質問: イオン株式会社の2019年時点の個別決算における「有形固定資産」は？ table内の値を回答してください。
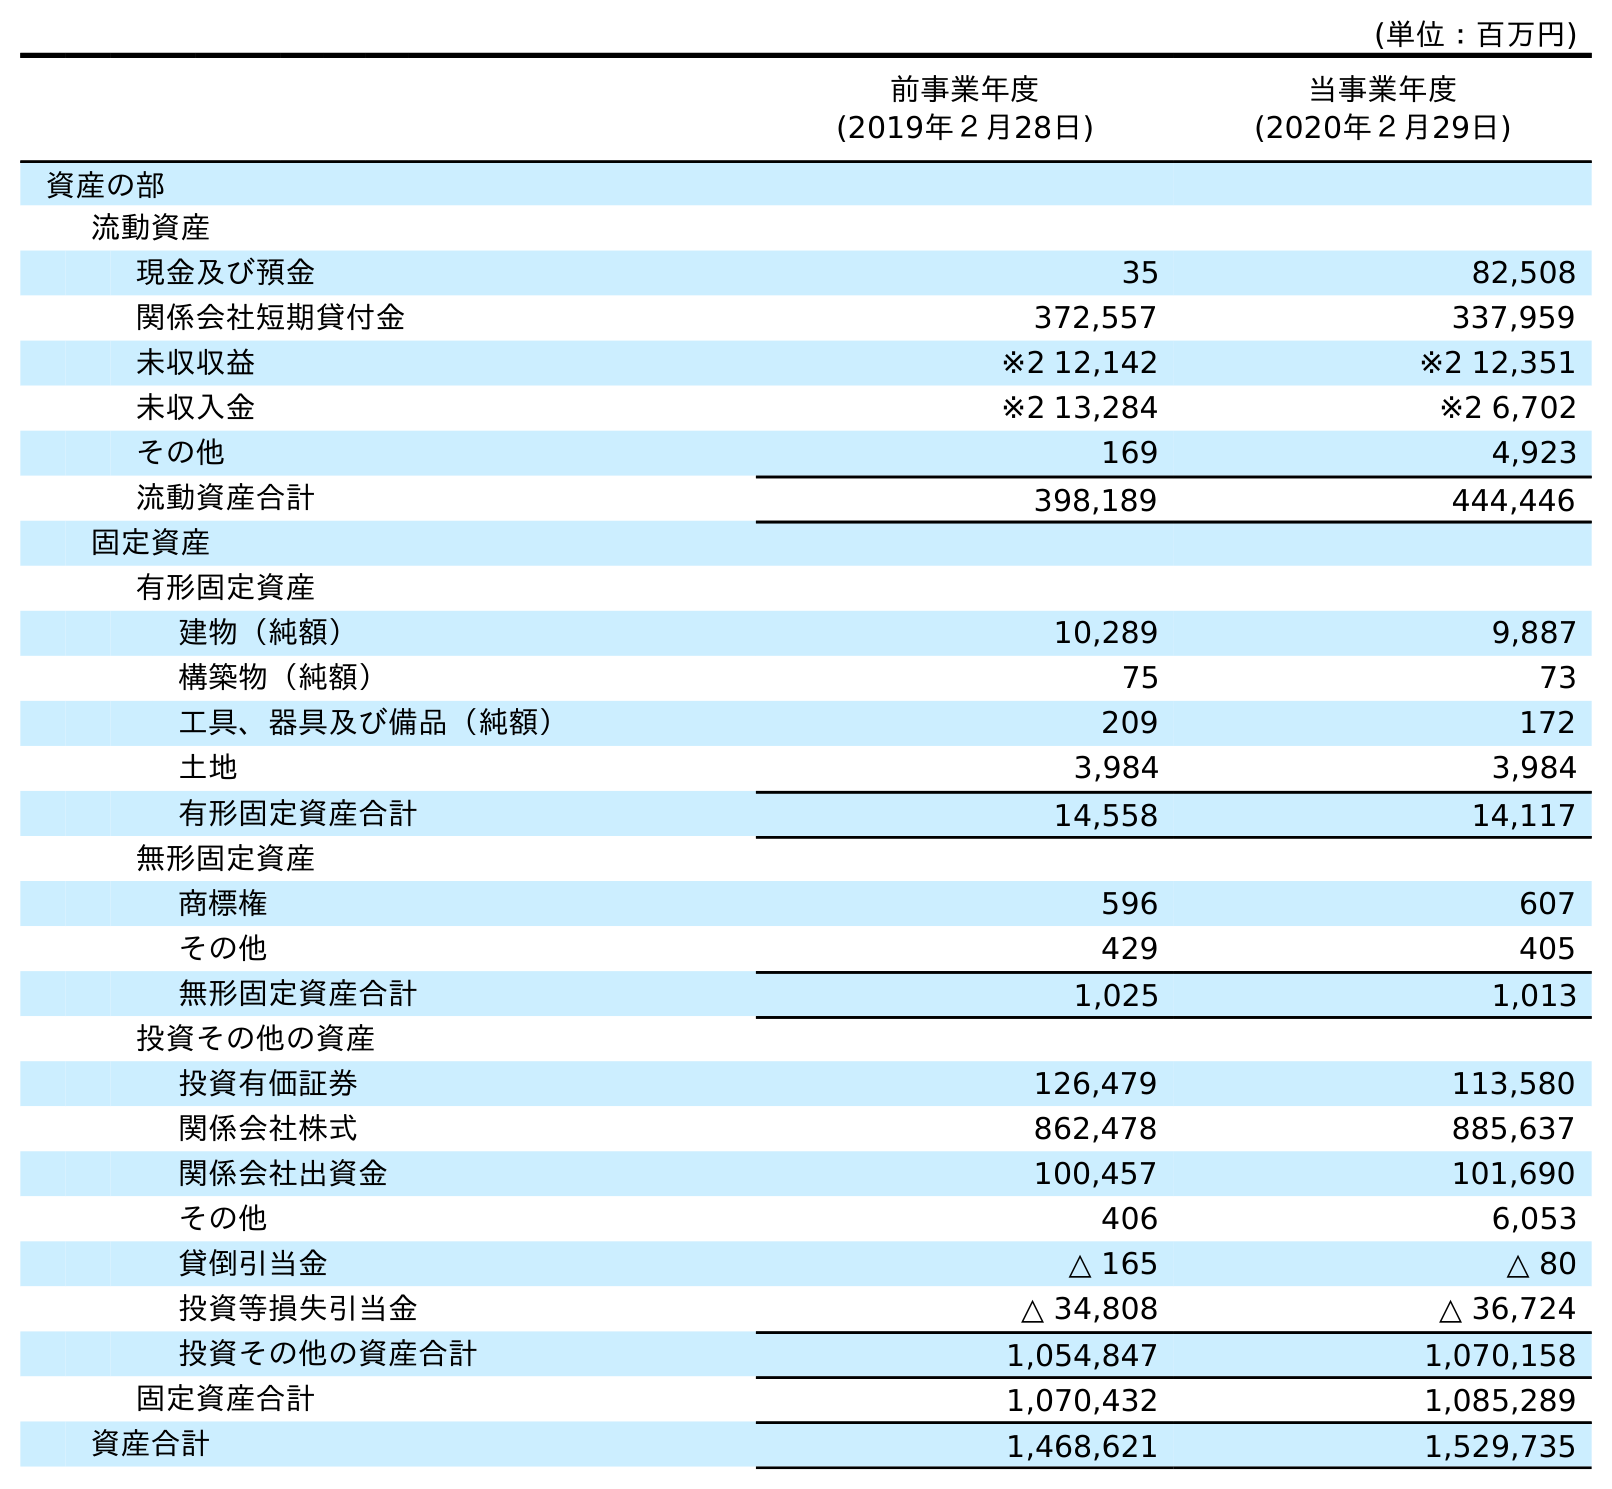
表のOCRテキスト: (単位：百万円) 前事業年度 (2019年２月28日) 当事業年度 (2020年２月29日) 資産の部 流動資産 現金及び預金 35 82,508 関係会社短期貸付金 372,557 337,959 未収収益 ※2 12,142 ※2 12,351 未収入金 ※2 13,284 ※2 6,702 その他 169 4,923 流動資産合計 398,189 444,446 固定資産 有形固定資産 建物（純額） 10,289 9,887 構築物（純額） 75 73 工具、器具及び備品（純額） 209 172 土地 3,984 3,984 有形固定資産合計 14,558 14,117 無形固定資産 商標権 596 607 その他 429 405 無形固定資産合計 1,025 1,013 投資その他の資産 投資有価証券 126,479 113,580 関係会社株式 862,478 885,637 関係会社出資金 100,457 101,690 その他 406 6,053 貸倒引当金 △ 165 △ 80 投資等損失引当金 △ 34,808 △ 36,724 投資その他の資産合計 1,054,847 1,070,158 固定資産合計 1,070,432 1,085,289 資産合計 1,468,621 1,529,735
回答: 14,558